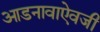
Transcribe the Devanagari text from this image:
आडनावाऐवजी